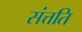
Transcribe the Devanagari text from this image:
संत्तति